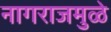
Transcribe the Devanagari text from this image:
नागराजमुळे